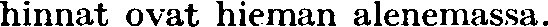
hinnat ovat hieman alenemassa.